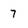
Character: 7